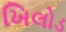
ખિલોડ